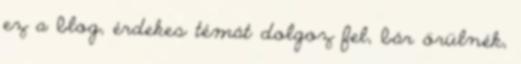
ez a blog, érdekes témát dolgoz fel, bár örülnék,